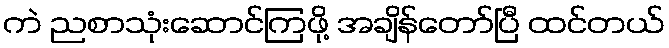
ကဲ ညစာသုံးဆောင်ကြဖို့ အချိန်တော်ပြီ ထင်တယ်